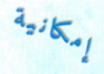
إمكانية